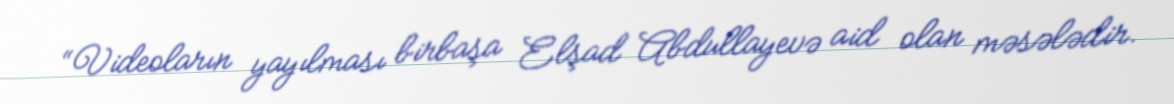
“Videoların yayılması birbaşa Elşad Abdullayevə aid olan məsələdir.